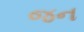
જન